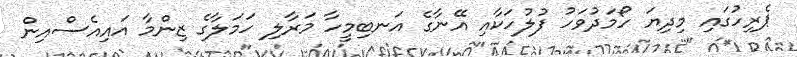
ޕެރިހުގައި މިދިޔަ ހޯމަދުވަހު ފުލުހަކާއި އޭނާގެ އަނބިމީހާ މަރާލި ހަމަލާގެ ޒިންމާ އައިއެސްއިން